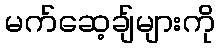
မက်ဆေ့ချ်များကို